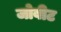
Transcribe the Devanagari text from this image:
जोबीट